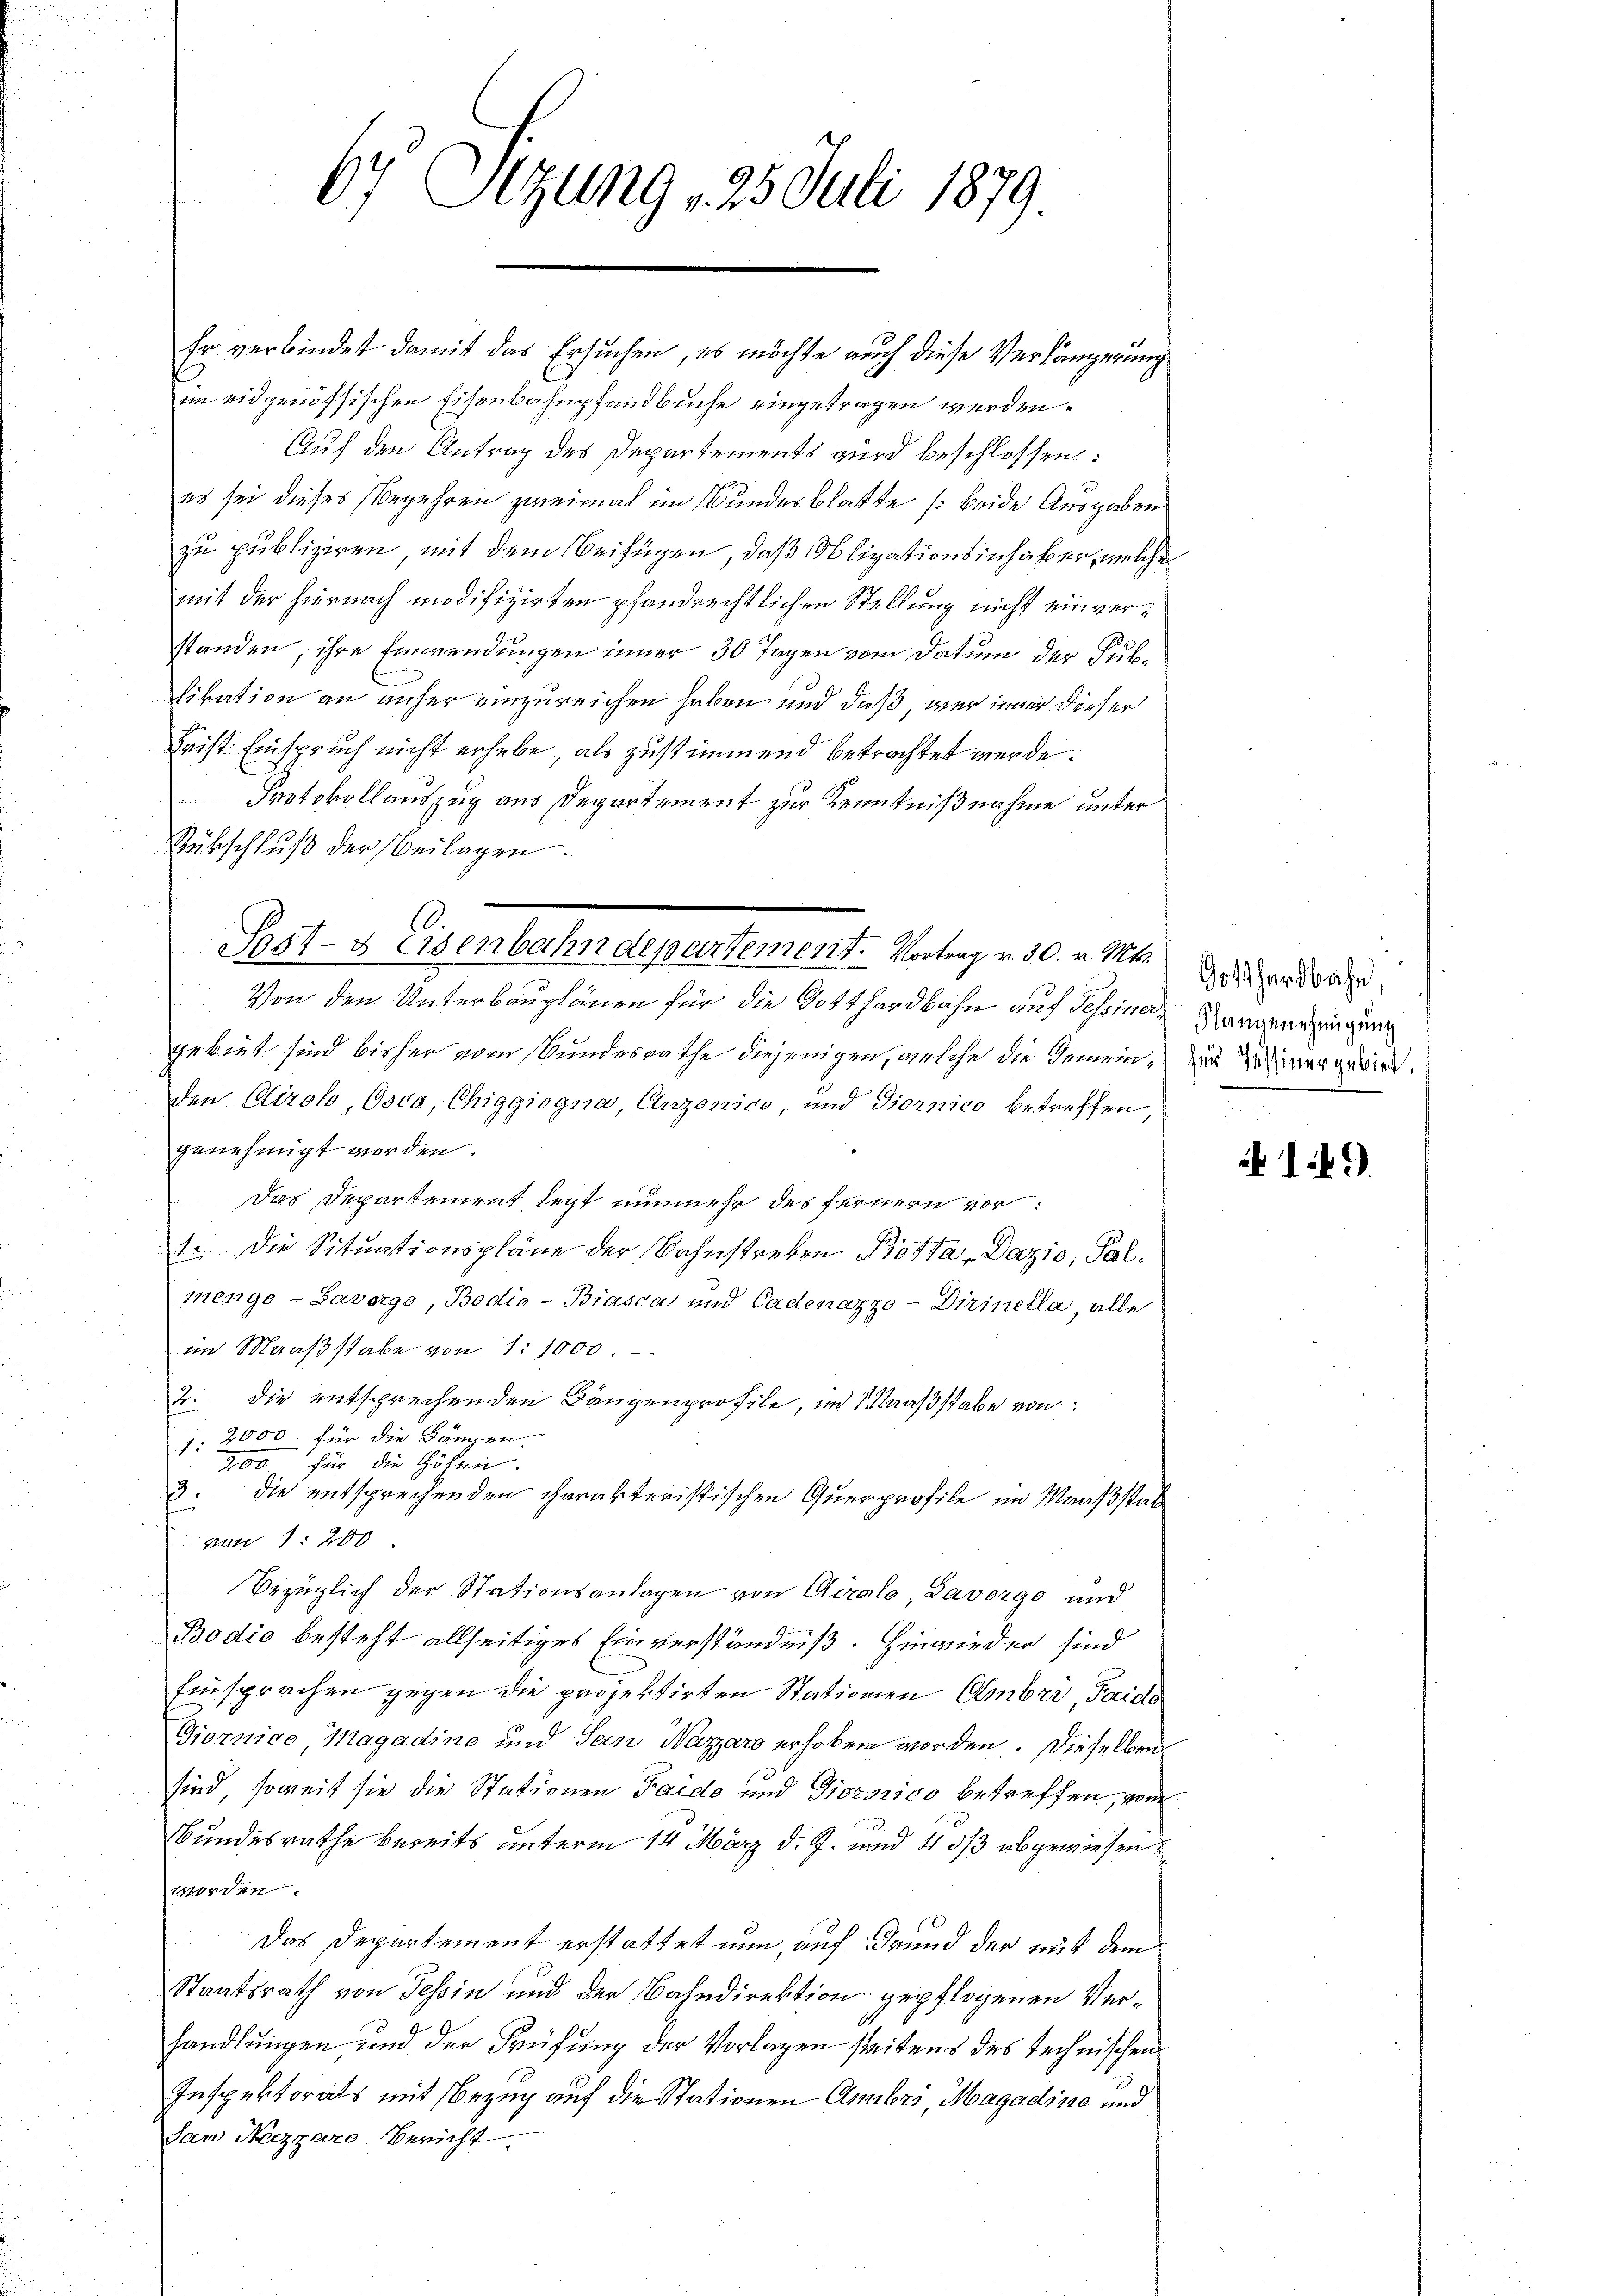
6 Sizung 25. Juli 1879.

Er verbindet damit das Ersuchen, es möchte auch diese Verlängerung
im eidgenössischen Eisenbahnpfandbuche eingetragen werden.
Auf den Antrag des Departements wird beschlossen:
es sei dieses Begehren zweimal im Bundesblatte (beide Ausgaben
zu publiziren, mit dem Beifügen, daß Obligationsinhaber, welche
mit der hiernach modifizirten pfandrechtlichen Stellung nicht einverstanden, ihre Einwendungen inner 30 Tagen vom Datum der Subfikation an unser einzureichen haben und daß, wer immer dieser
Frist Einspruch nicht erhebe, als zustimmend betrachtet werde.
Protokollauszug aus Departement zur Kenntnißnahme unter
Rübschluß der Beilagen.
Von den Unterbauplänen für die Gotthardbahn auf Tessina Rangereinigung
gebiet sind bisher vom Bundesrathe diejenigen, welche die Gemein zu einer gewirt.
den Clirok, Osca, Chiggiogna, Anzonico, und Giornico betreffen,
genehmigt worden.
Das Departement legt nunmehr des fernern vor¬
1. Die Situationspläne der Bahnstreben Botta-Dazio, Salmenge - Savorge, Bodio-Biasca und Cadenazzo-Dirinella, alle
im Maaßstabe von 1:1000
2. die entsprechenden Baugenprofile, in Maaßstabe von
1: 2000. für die Längen.
700 für die Höhlen.
3. die entsprechenden charakteristischen Querprofile im Maaßstat
von 1200
Bezüglich der Stationsanlagen von Airolo, Laverge und
Bodio besteht allseitiges Einverständniß. Hinwieder sind
Einsprachen gegen die projektirten Stationen Amber, Taids
Giornico Magadino und Sein Wazzaro erhoben worden. Dieselben
sind, soweit sie die Stationen Taide und Piorarico betreffen, von
Bundesrathe bereits unterm 14. März d. J. und 4 ds abgewiesen
worden.
Das Departement erstattet nun, auf Grund der mit dem
Staatsrath von Tessin und der Bahndirektion gepflogenen Verhandlungen, und der Prüfung der Vorlagen seitens des technischen
Inspektorats mit Bezug auf die Stationen Ambri, Magadina und
San Nizzaro. Bericht.

Pat- & Eisenbahndepartement. Vortrag v. 30. v. Mts.

Gotthardbahn,

149.